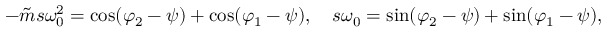
\begin{array} { r } { - \tilde { m } s \omega _ { 0 } ^ { 2 } = \cos ( \varphi _ { 2 } - \psi ) + \cos ( \varphi _ { 1 } - \psi ) , \quad s \omega _ { 0 } = \sin ( \varphi _ { 2 } - \psi ) + \sin ( \varphi _ { 1 } - \psi ) , } \end{array}